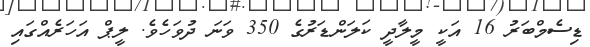
ޑިސެމްބަރު 16 އަކީ މީލާދީ ކަލަންޑަރުގެ 350 ވަނަ ދުވަހެވެ. ލީޕް އަހަރެއްގައި